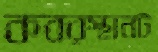
কবরস্থানট